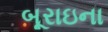
બૂરાઇના